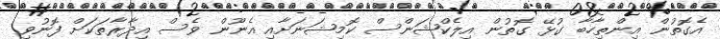
އެގޮތުން އިންތިހާބާ ގުޅޭ ގޮތުން އިލެކްޝަންސް ކޮމިޝަނަށާއި އެނޫން ވެސް އިދާރާތަކަށް ފޮނުވި